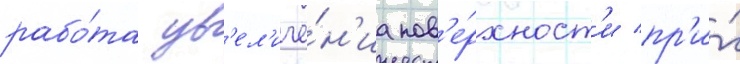
рабо́та ув'ел'иче́н'иа пов'е́рхност'и пр'и́